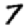
Digit: 7